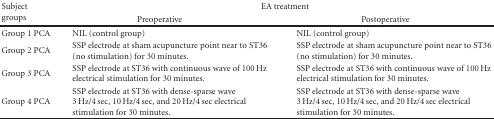
<table><thead><tr><td rowspan="2"><b>Subject groups</b></td><td colspan="2"><b>EA treatment</b></td></tr><tr><td><b>Preoperative</b></td><td><b>Postoperative</b></td></tr></thead><tbody><tr><td>Group 1 PCA</td><td>NIL (control group)</td><td>NIL (control group)</td></tr><tr><td>Group 2 PCA</td><td>SSP electrode at sham acupuncture point near to ST36 (no stimulation) for 30 minutes.</td><td>SSP electrode at sham acupuncture point near to ST36 (no stimulation) for 30 minutes.</td></tr><tr><td>Group 3 PCA</td><td>SSP electrode at ST36 with continuous wave of 100 Hz electrical stimulation for 30 minutes.</td><td>SSP electrode at ST36 with continuous wave of 100 Hz electrical stimulation for 30 minutes.</td></tr><tr><td>Group 4 PCA</td><td>SSP electrode at ST36 with dense-sparse wave 3 Hz/4 sec, 10 Hz/4 sec, and 20 Hz/4 sec electrical stimulation for 30 minutes.</td><td>SSP electrode at ST36 with dense-sparse wave 3 Hz/4 sec, 10 Hz/4 sec, and 20 Hz/4 sec electrical stimulation for 30 minutes.</td></tr></tbody></table>